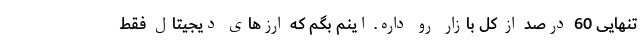
تنهایی 60 درصد از کل بازار رو داره. اینم بگم که ارزهای دیجیتال فقط